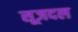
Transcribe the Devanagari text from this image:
सूज़दल